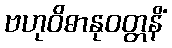
ဗဟုဝိဓာနုဝတ္တနိံ